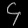
Digit: ၄